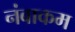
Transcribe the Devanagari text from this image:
नंबाकम